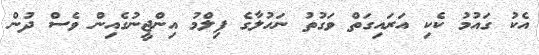
އެކު ގައުމު ކެކި އަރައިގަތް ވަގުތު ނަހުލާގެ ފިލްމު އިންޖީނުގެއިން ވެސް ދުން